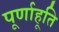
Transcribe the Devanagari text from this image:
पूर्णाहूति